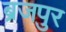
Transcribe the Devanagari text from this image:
ब्रजपुर